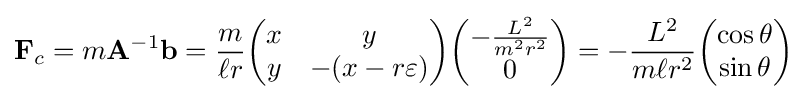
\mathbf {F} _{c}=m\mathbf {A} ^{-1}\mathbf {b} ={\frac {m}{\ell r}}{\begin{pmatrix}x&y\\y&-(x-r\varepsilon )\end{pmatrix}}{\begin{pmatrix}-{\frac {L^{2}}{m^{2}r^{2}}}\\0\end{pmatrix}}=-{\frac {L^{2}}{m\ell r^{2}}}{\begin{pmatrix}\cos \theta \\\sin \theta \end{pmatrix}}